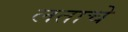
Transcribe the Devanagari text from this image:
लताचे